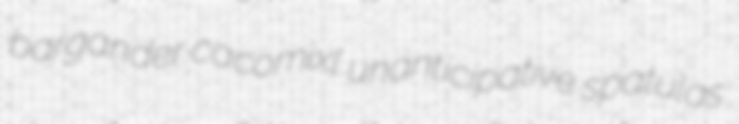
bargander cacomixl unanticipative spatulas